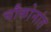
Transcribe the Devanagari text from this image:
चौकोनांत